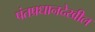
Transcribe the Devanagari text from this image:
पंतप्रधानदेखील